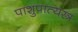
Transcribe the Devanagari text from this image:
पाशुपात्यस्त्र